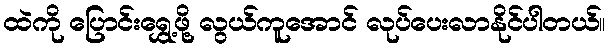
ထဲကို ပြောင်းရွှေ့ဖို့ လွယ်ကူအောင် လုပ်ပေးလာနိုင်ပါတယ်။